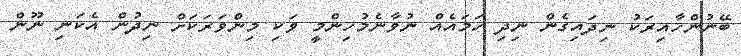
ބޭނުންހާއިރަކު ނިދައިގެން ނިދި ހަމައެއް ނުވާނެމުހިންމީ ވަކި މިންވަރަކަށް ނިދުން އެކަނި ނޫން